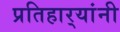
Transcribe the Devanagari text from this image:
प्रतिहार्‍यांनी